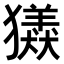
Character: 𤢮